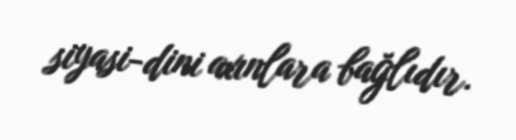
siyasi-dini axınlara bağlıdır.